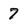
Character: 7